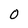
Character: 0